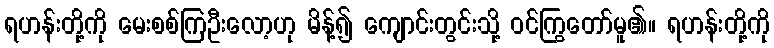
ရဟန်းတို့ကို မေးစစ်ကြဦးလော့ဟု မိန့်၍ ကျောင်းတွင်းသို့ ဝင်ကြွတော်မူ၏။ ရဟန်းတို့ကို